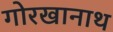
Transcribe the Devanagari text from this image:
गोरखानाथ